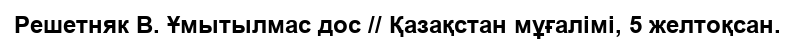
Решетняк В. Ұмытылмас дос // Қазақстан мұғалімі, 5 желтоқсан.